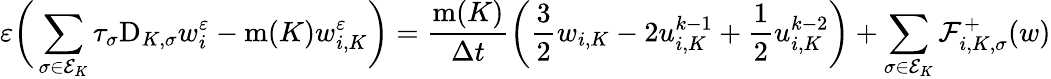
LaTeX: \varepsilon\bigg(\sum_{\sigma\in{\mathcal E}_{K}}\tau_{\sigma}\mathrm{D}_{K,\sigma}w_{i}^{\varepsilon}-\operatorname{m}(K)w_{i,K}^{\varepsilon}\bigg)=\frac{\operatorname{m}(K)}{\Delta t}\bigg(\frac 32w_{i,K}-2u_{i,K}^{k-1}+\frac 12u_{i,K}^{k-2}\bigg)+\sum_{\sigma\in{\mathcal E}_{K}}{\mathcal F}_{i,K,\sigma}^{+}(w)